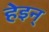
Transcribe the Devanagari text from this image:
हेइन्